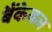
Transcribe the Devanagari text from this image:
बैंकेबल